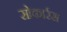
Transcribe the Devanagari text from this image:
सोकार्रस